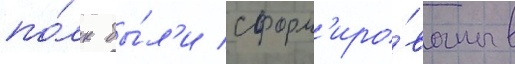
по́лк бы́л'и сформ'иро́ваны в